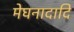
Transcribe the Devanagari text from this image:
मेघनादादि